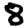
Digit: 8